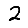
Digit: 2